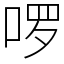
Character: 啰